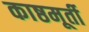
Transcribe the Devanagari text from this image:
काष्ठमूर्ती